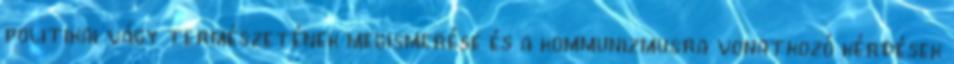
politikai vágy természetének megismerése és a kommunizmusra vonatkozó kérdések